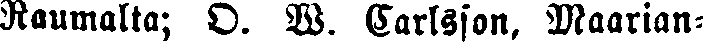
Raumalta; O. W. Carlsson, Maarian-